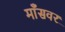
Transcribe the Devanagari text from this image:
माँसवर